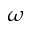
\omega